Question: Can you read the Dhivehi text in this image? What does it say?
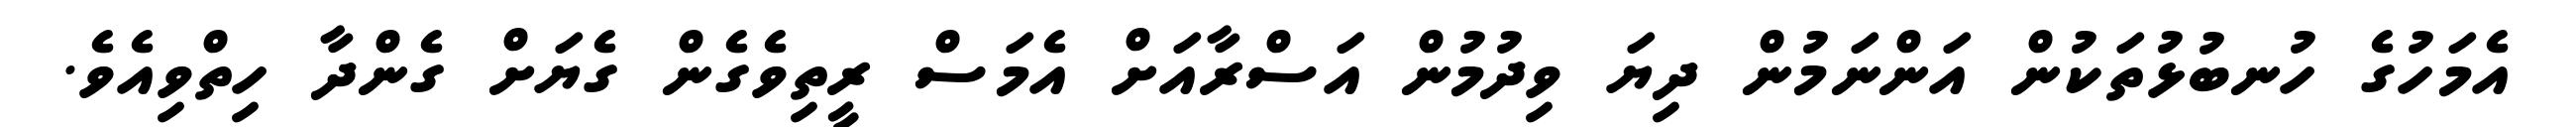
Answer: އެމަހުގެ ހުނބުޅުތަކުން އަންނަމުން ދިޔަ ވިދުމުން އަސްރާއަށް އެމަސް ރީތިވެގެން ގެޔަށް ގެންދާ ހިތްވިއެވެ.